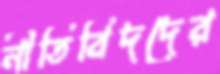
নীতিবিদদের